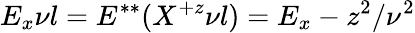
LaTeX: E_{x}\nu l=E^{**}(X^{+z}\nu l)=E_{x}-z^{2}/\nu^{2}